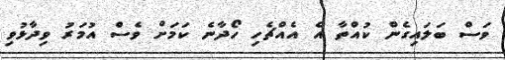
ވަސް ބަލައިގެން ކުއްތާ އެ އެއްޗެހި ހޯދާނެ ކަމަށް ވެސް އުމަރު ވިދާޅުވި